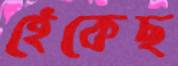
হেঁকেছ